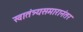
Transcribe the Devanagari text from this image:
स्वातंत्र्यसमारानंतर